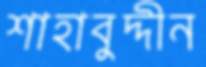
শাহাবুদ্দীন